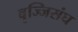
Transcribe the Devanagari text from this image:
वृज्जिसंघ